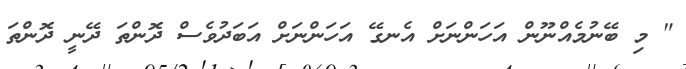
" މި ބޭނުމެއްނޫން އަހަންނަށް އެނގޭ އަހަންނަށް އަބަދުވެސް ދޮންތަ ދޭނީ ދޮންތަ